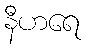
နီဟရေ